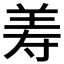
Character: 𦍸